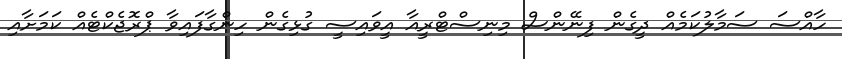
ހާއްސަ ސަމާލުކަމެއް ދީގެން ފިނޭންސް މިނިސްޓްރީއާ އީވައިސީ ގުޅިގެން ހިންގާފައިވާ ޕްރޮޖެކްޓެއް ކަމަށާއި